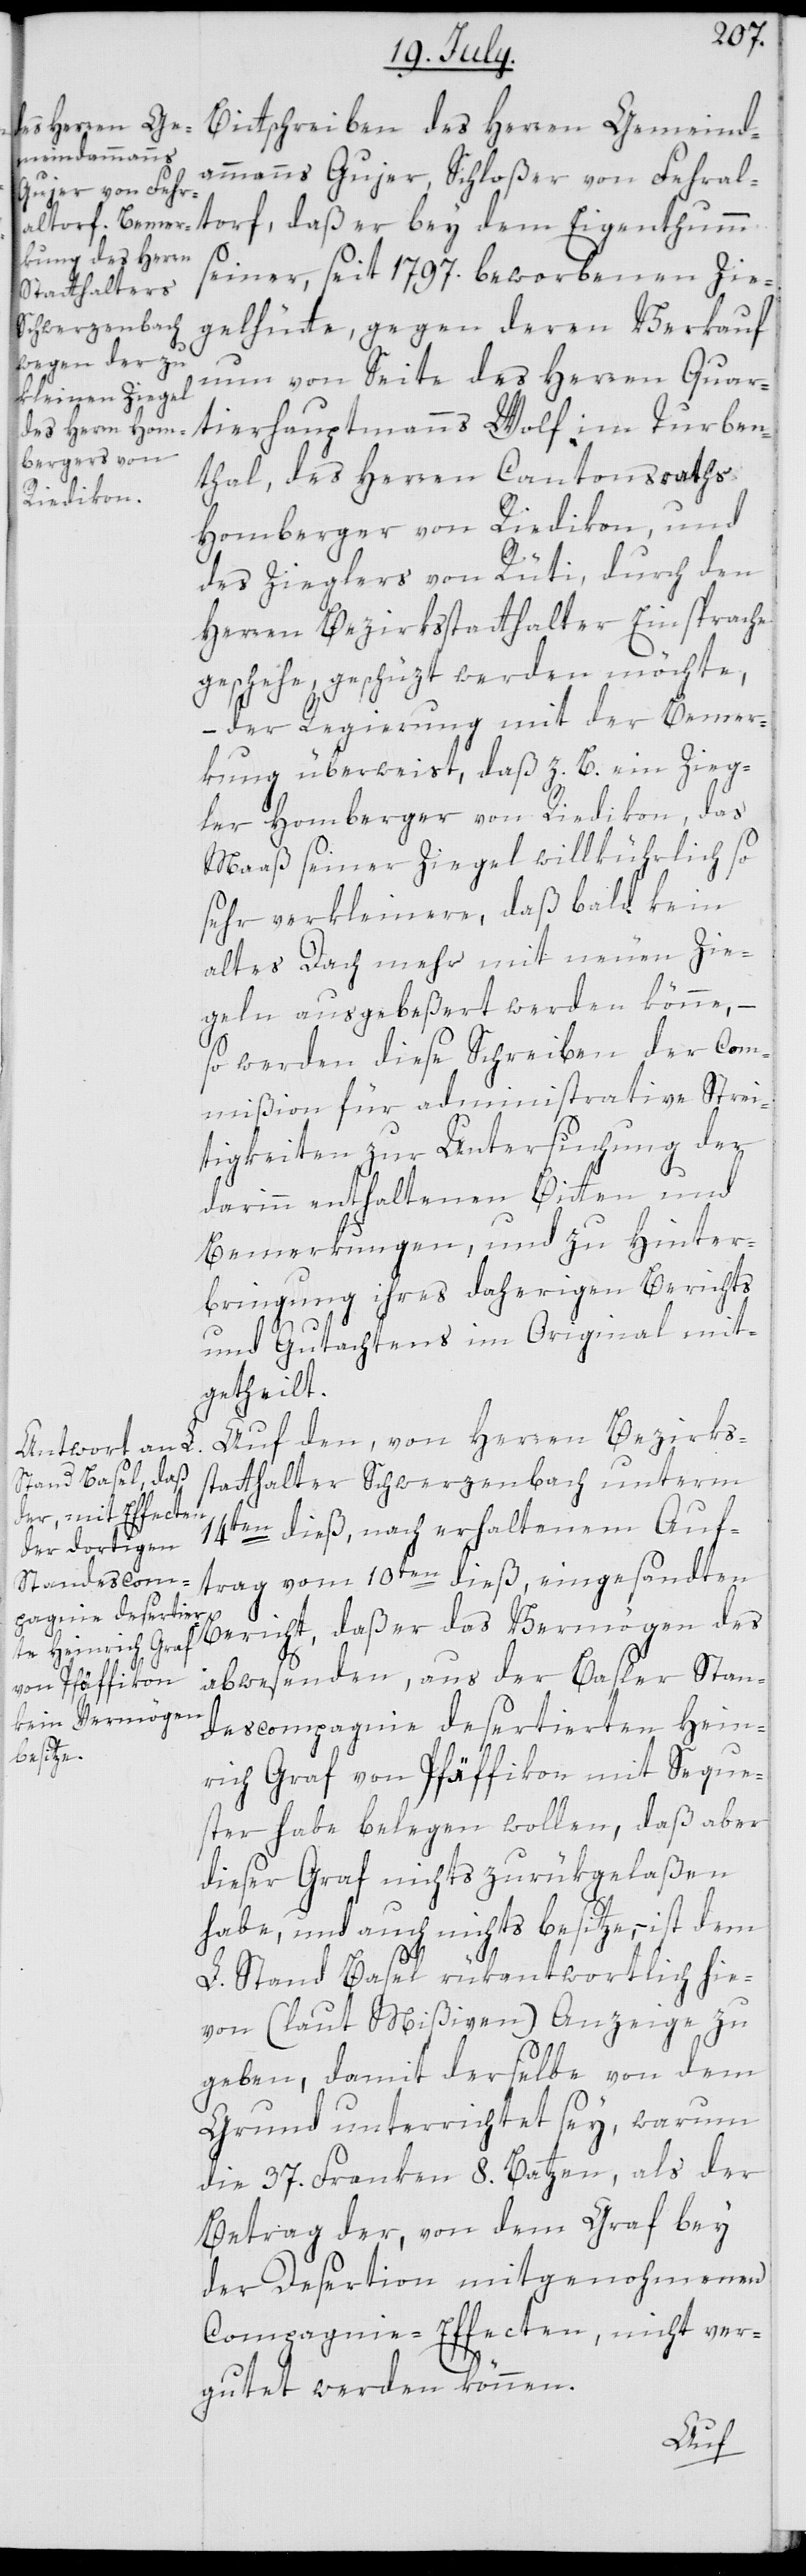
ammanns Gujer, Schloßer von Fehral¬
torf, daß er bey dem Eigenthumm
seiner, seit 1797. beworbenen Zie¬
gelhütte, gegen deren Verkauf
nun von Seite des Herren Quar¬
tierhauptmanns Wolf im Turben¬
des Herren Gemeind¬
thal, des Herren Cantonsraths
Homberger von Riedikon, und
des Zieglers von Rüti, durch den
Herren Bezirksstatthalter Einsprache
geschehe, geschüzt werden möchte,
– der Regierung mit der Bemer¬
kung überweist, daß z. B. ein Zieg¬
ler Homberger von Riedikon, das
Maaß seiner Ziegel willkührlich so
sehr verkleinere, daß bald kein
altes Dach mehr mit neuen Zie¬
geln ausgebeßert werden könne, –
so werden diese Schreiben der Com¬
mißion für administrative Strei¬
tigkeiten zur Untersuchung der
darinn enthaltenen Bitten und
Bemerkungen, und zu Hinter¬
bringung ihres daherigen Berichts
und Gutachtens im Original mit¬
getheilt.
Auf den, von Herren Bezirks¬
statthalter Schwerzenbach unterm
14ten dieß, nach erhaltenem Auf¬
trag vom 10ten dieß, eingesandten
Bericht, daß er das Vermögen des
abwesenden, aus der Basler Stan¬
descompagnie desertierten Hein¬
rich Graf von Pfäffikon mit Seque¬
ster habe belegen wollen, daß aber
dieser Graf nichts zurükgelaßen
habe, und auch nichts besitze, – ist dem
L. Stand Basel rükantwortlich hie¬
von (laut Mißiven) Anzeige zu
geben, damit derselbe von dem
Grund unterrichtet sey, warum
die 37. Franken 8. Batzen, als der
Betrag der, von dem Graf bey
der Desertion mitgenohmenen
Compagnie-Effecten, nicht ver¬
gutet werden können.